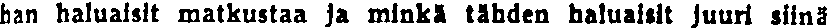
han haluaisit matkustaa ja minkä tähden haluaisit juuri siinä